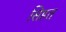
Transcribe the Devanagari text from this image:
सिहत